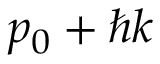
p _ { 0 } + \hbar k